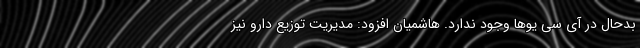
بدحال در آی سی یوها وجود ندارد. هاشمیان افزود: مدیریت توزیع دارو نیز